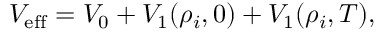
V _ { \mathrm { e f f } } = V _ { 0 } + V _ { 1 } ( \rho _ { i } , 0 ) + V _ { 1 } ( \rho _ { i } , T ) ,